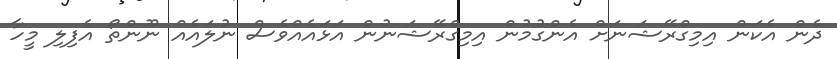
ދެން އެކަން އިމިގްރޭޝަނަށް އެންގުމުން އިމިގްރޭޝަނުން އަޅައެއްވެސް ނުލައެއް ނޫންތޯ އެފިލި މީހާ